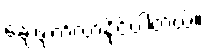
ချေဖျက်လာနိုင်ပါတယ်။